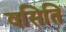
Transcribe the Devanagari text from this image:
वसिति